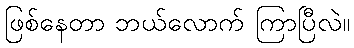
ဖြစ်နေတာ ဘယ်လောက် ကြာပြီလဲ။